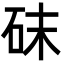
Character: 砞